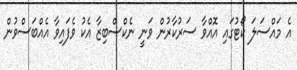
އެ މައްސަލަ ކޯޓުގައި އޮއްވާ ސަރުކާރުން ވަނީ ނެކްސްބިޒާ އެކު ވެފައިވާ އެއްބަސްވުން